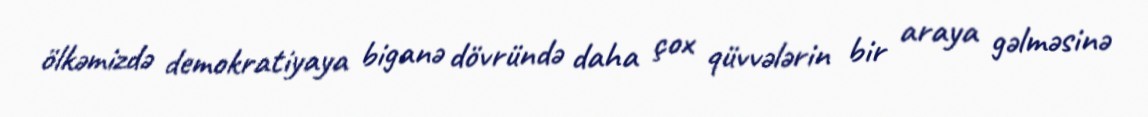
ölkəmizdə demokratiyaya biganə dövründə daha çox qüvvələrin bir araya gəlməsinə